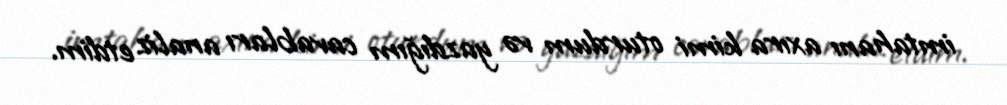
imtahanı axıra kimi oturdum və yazdığım cavabları analiz etdim.